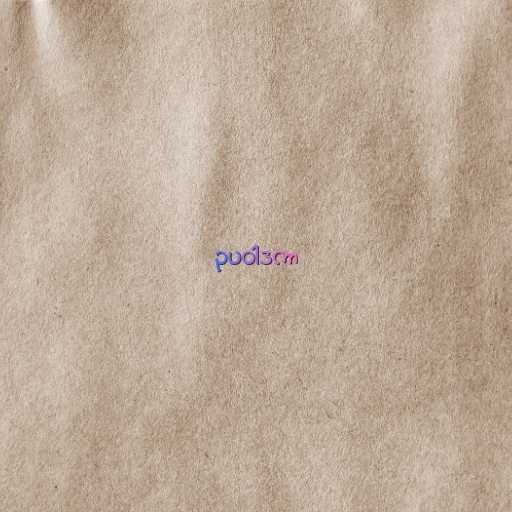
ဥပဝါဒကာ